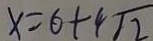
x = 6 + 4 \sqrt { 2 }